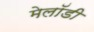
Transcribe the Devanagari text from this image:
मेलॉडी